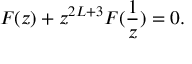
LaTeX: F ( z ) + z ^ { 2 L + 3 } F ( \frac { 1 } { z } ) = 0 .